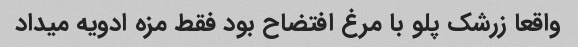
واقعا زرشک پلو با مرغ افتضاح بود فقط مزه ادویه میداد